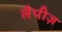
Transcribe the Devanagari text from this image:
लैपीज़